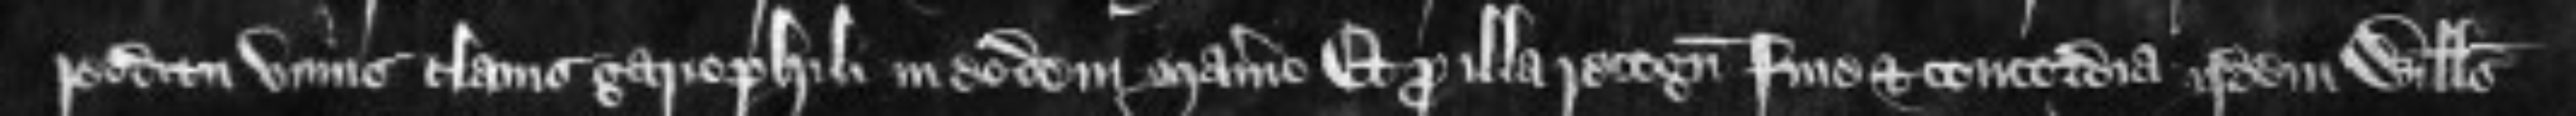
redditu unius clavis gariophili in eodem manerio Et pro illa recognitione fine et concordia iidem Willelmus